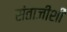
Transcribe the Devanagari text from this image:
संताजीशी